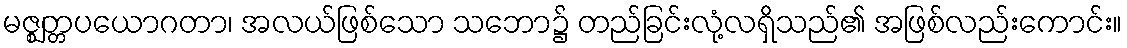
မဇ္ဈတ္တပယောဂတာ၊ အလယ်ဖြစ်သော သဘော၌ တည်ခြင်းလုံ့လရှိသည်၏ အဖြစ်လည်းကောင်း။